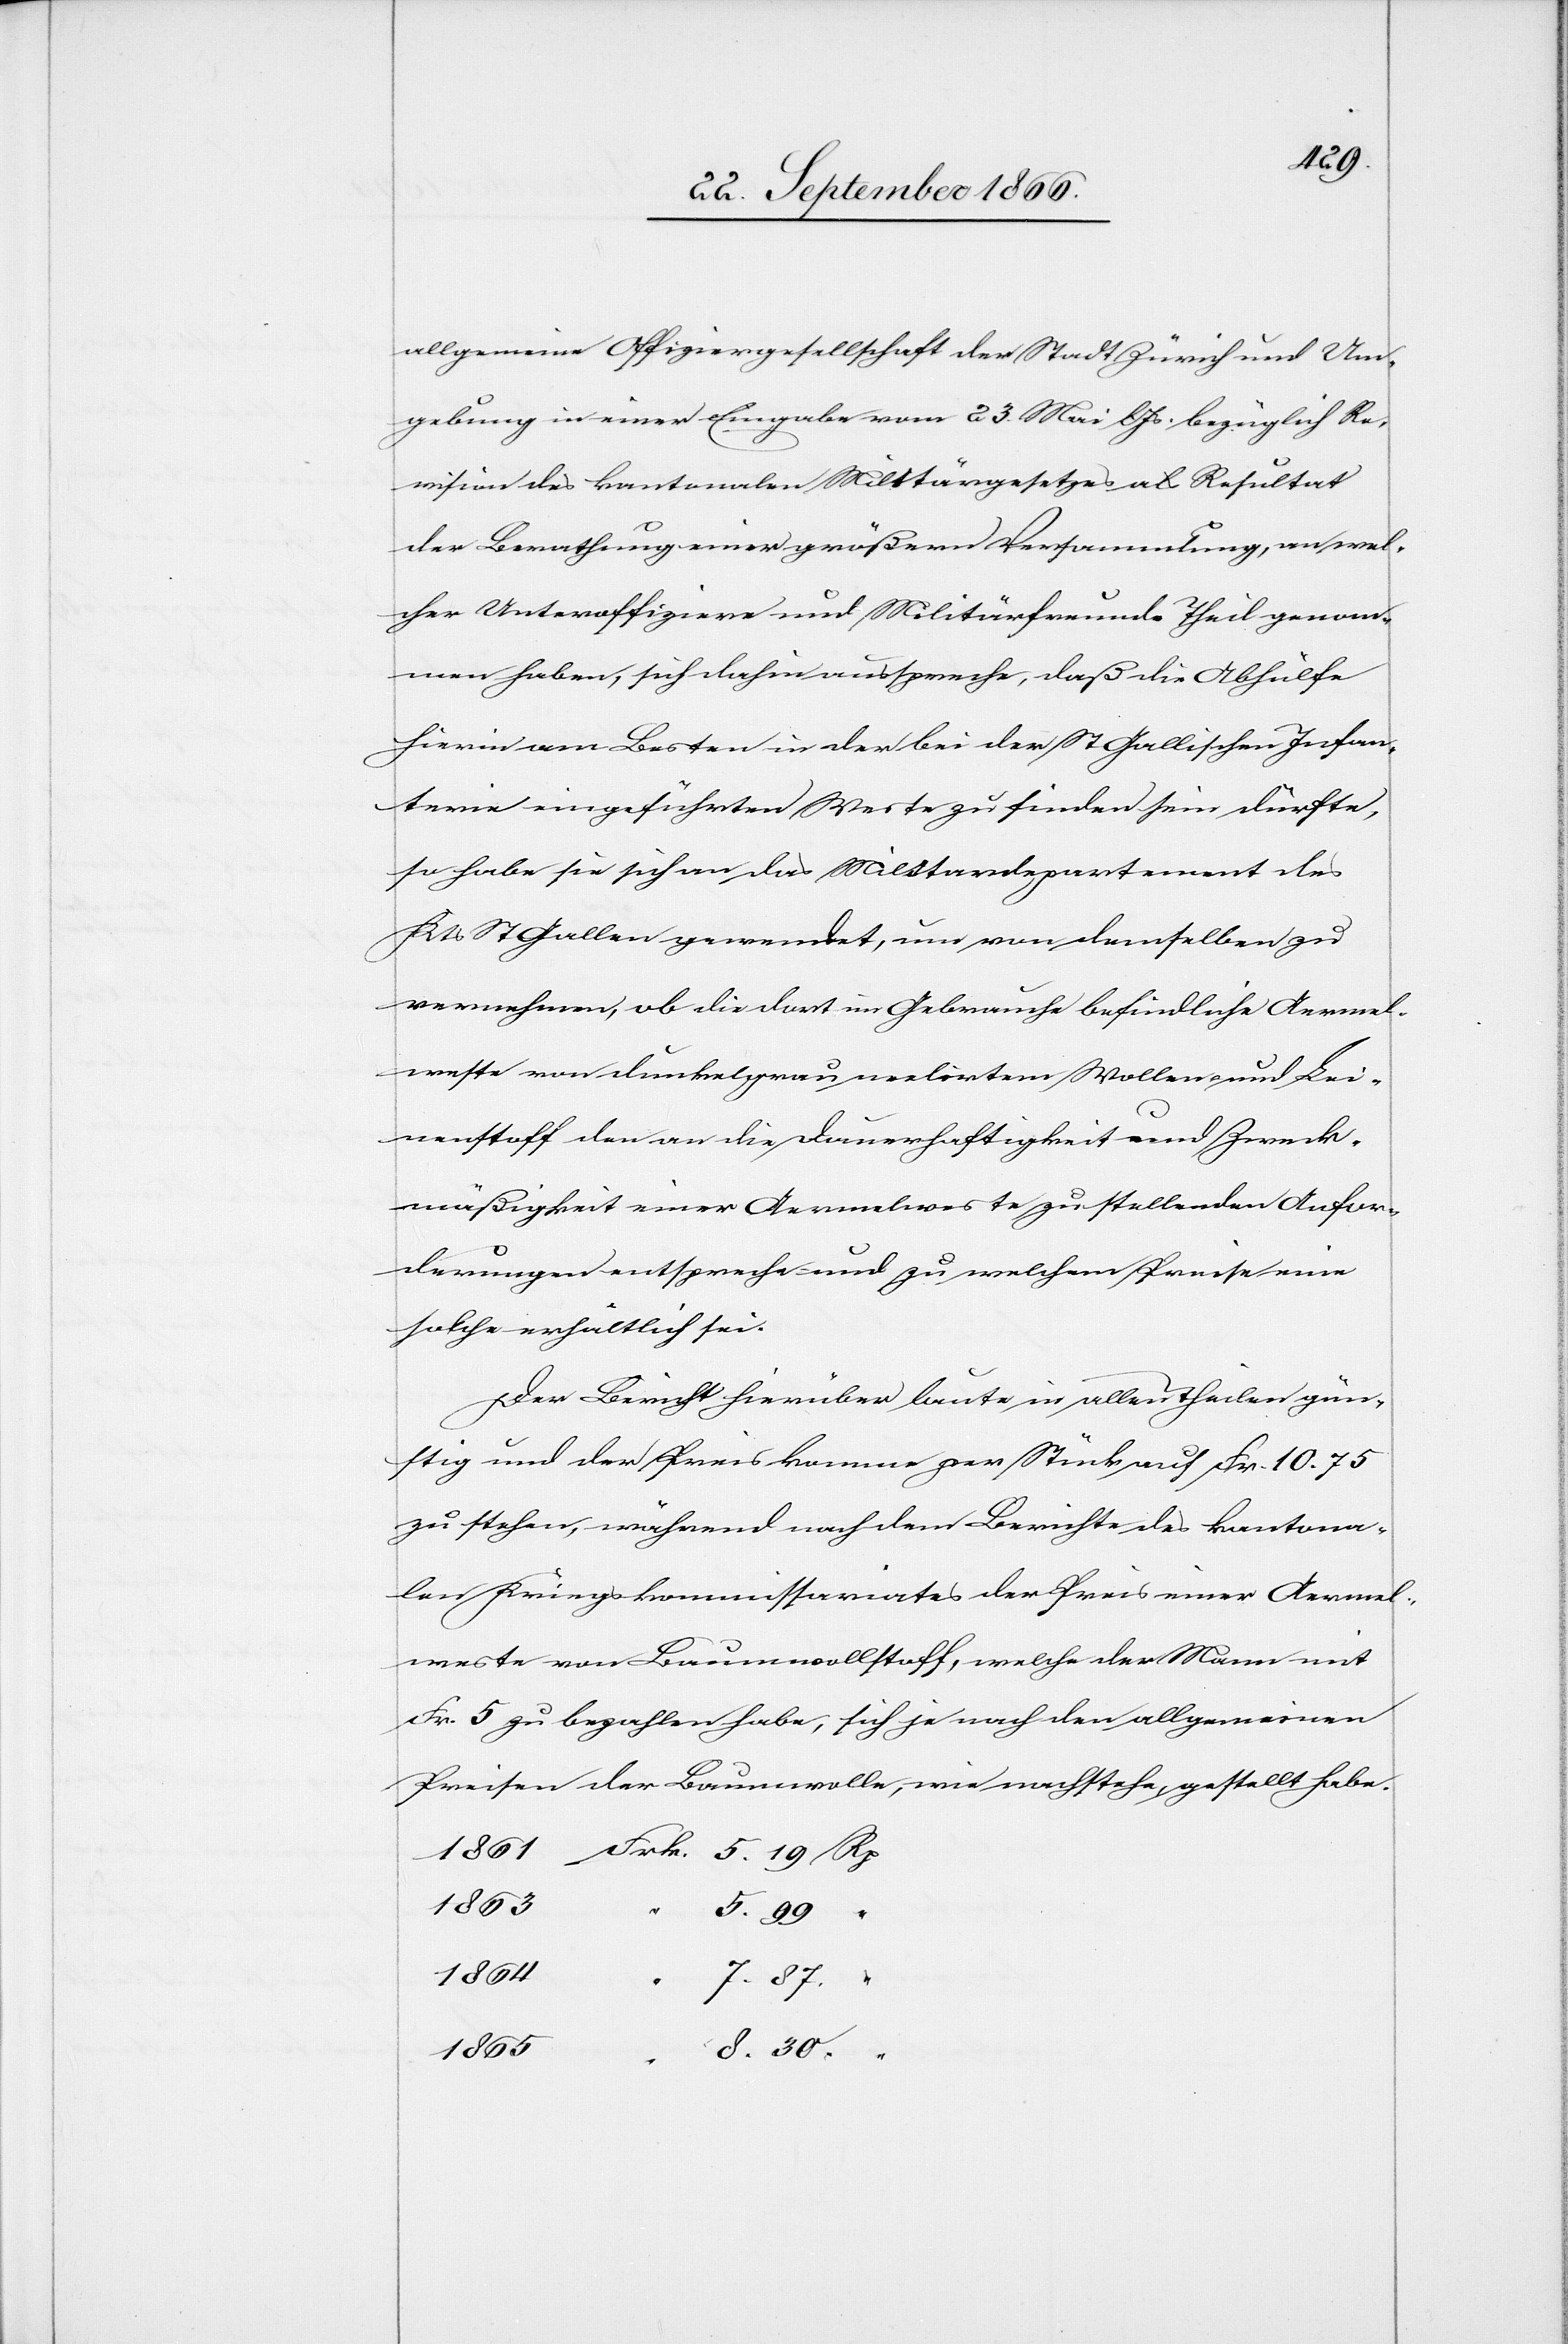
allgemeine Offiziersgesellschaft der Stadt Zürich und Um¬
gebung in einer Eingabe vom 23. Mai lJs. bezüglich Re¬
vision des kantonalen Militärgesetzes als Resultat
der Berathung einer größern Versammlung, an wel¬
cher Unteroffiziere und Militärfreunde Theil genom¬
men haben, sich dahin ausspreche, daß die Abhülfe
hierin am Besten in der bei der St. Gallischen Infan¬
terie eingeführten Weste zu finden sein dürfte,
so habe sie sich an das Militardepartement des
Kts. St. Gallen gewendet, um von demselben zu
vernehmen, ob die dort im Gebrauche befindliche Aermel¬
weste von dunkelgrau melirtem Wollen- und Lei¬
nenstoff den an die Dauerhaftigkeit und Zweck¬
mäßigkeit einer Aermelweste zu stellenden Anfor¬
derungen entspreche und zu welchem Preise eine
solche erhältlich sei.
Der Bericht hierüber laute in allen Theilen gün¬
stig und der Preis komme per Stück auf Frk. 10.75
zu stehen, während nach dem Berichte des kantona¬
len Kriegskommissariates der Preis einer Aermel¬
weste von Baumwollstoff, welche der Mann mit
Frk. 5 zu bezahlen habe, sich je nach den allgemeinen
Preisen der Baumwolle, wie nachstehe, gestellt habe.
1865
8.30
1864
7.87